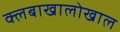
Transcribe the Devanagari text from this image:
क्लबाखालोखाल